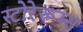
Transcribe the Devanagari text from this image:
स्टोरेरूम्स